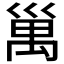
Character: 𥜿